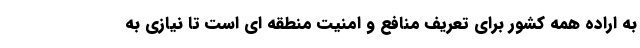
به اراده همه کشور برای تعریف منافع و امنیت منطقه ای است تا نیازی به